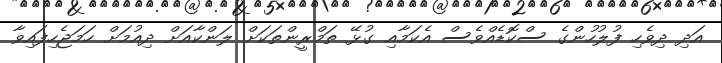
އަދި ދިވެހި ފުލުހުންގެ ސްކޮޑެއްވެސް އެކަމާއި ގުޅޭ ތަމްރީންތަކަށް ލަންކާއަށް ދިއުމަށް ހަމަޖެހިފައިވާ